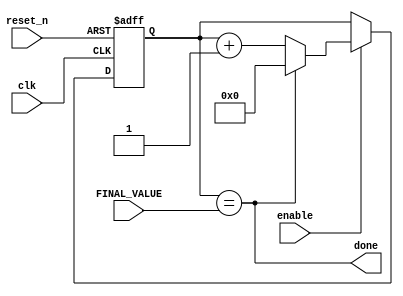
/////////////////////////////////////////////////////
//                                                 //
//       MOHAMED GAD HAMZA METWALLY    1901131     //
//       ANDREW FAROUK MARKUS          1901134     //
//                                                 //
//                                                 //
/////////////////////////////////////////////////////

module baud_rate
  #(parameter BITS = 10)(
    input clk,
    input reset_n,
    input enable,
    input[BITS - 1 : 0] FINAL_VALUE,
    output done);
  
  reg [BITS - 1: 0] Q_reg,Q_next;
  
  always @(posedge clk, negedge reset_n) begin
    if(~reset_n)
      Q_reg <= 'b0;
    else if(enable)
      Q_reg <= Q_next;
    else
      Q_reg <= Q_reg;
  end
  
  assign done = Q_reg == FINAL_VALUE;
  
  always @(*)
    Q_next = done? 'b0 : Q_reg+1;
endmodule